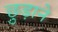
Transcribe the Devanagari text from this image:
छु़ड़ाने